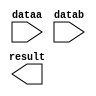
module mul_16 (
	dataa,
	datab,
	result);

	input	[15:0]  dataa;
	input	[15:0]  datab;
	output	[31:0]  result;

endmodule